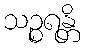
သဉ္စရန္တိ